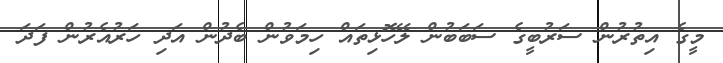
މީގެ އިތުރުން ސަރުބީގެ ސަބަބުން ލޭހޮޅިތައް ހިމަވުން ބެދުން އަދި ހަރުއެރުން ފަދަ